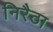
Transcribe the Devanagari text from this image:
निरैठा